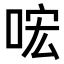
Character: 𠴈